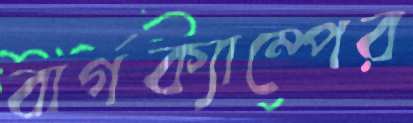
বার্গক্যাম্পের